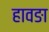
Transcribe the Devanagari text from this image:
हावङा